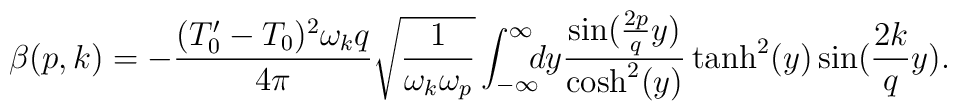
\beta(p,k)=-\frac{(T'_0-T_0)^2\omega_k q}{4\pi} \sqrt{\frac{1}{\omega_k\omega_p}}\int_{-\infty}^{\infty}\!\!\!dy \frac{\sin(\frac{2p}{q}y)}{{\rm cosh}^2(y)}\tanh^2(y)\sin(\frac{2k}{q}y).